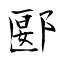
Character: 郾